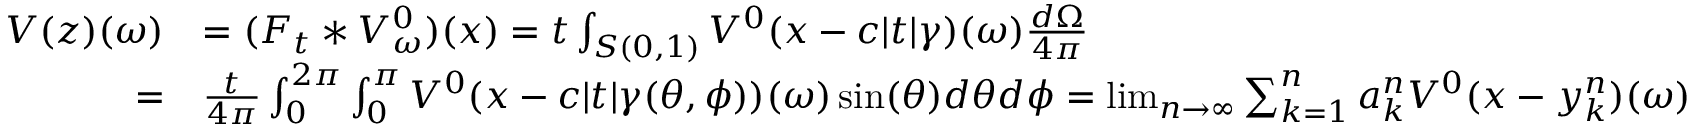
\begin{array} { r l } { V ( z ) ( \omega ) } & { = ( F _ { t } * V _ { \omega } ^ { 0 } ) ( x ) = t \int _ { S ( 0 , 1 ) } V ^ { 0 } ( x - c | t | \gamma ) ( \omega ) \frac { d \Omega } { 4 \pi } } \\ { = } & { \frac { t } { 4 \pi } \int _ { 0 } ^ { 2 \pi } \int _ { 0 } ^ { \pi } V ^ { 0 } ( x - c | t | \gamma ( \theta , \phi ) ) ( \omega ) \sin ( \theta ) d \theta d \phi = \operatorname* { l i m } _ { n \rightarrow \infty } \sum _ { k = 1 } ^ { n } a _ { k } ^ { n } V ^ { 0 } ( x - y _ { k } ^ { n } ) ( \omega ) } \end{array}